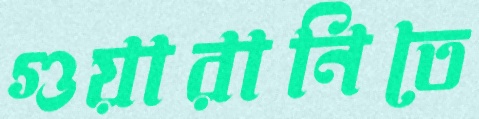
গুয়ারানিতে